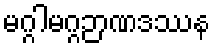
မဂ္ဂါမဂ္ဂဉာဏဒဿန